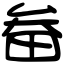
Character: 畚